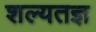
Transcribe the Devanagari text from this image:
शल्यतज्ञ